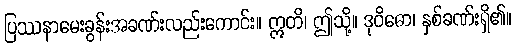
ပြဿနာမေးခွန်းအခဏ်းလည်းကောင်း။ ဣတိ၊ ဤသို့။ ဒုဝိဓော၊ နှစ်ခဏ်းရှိ၏။